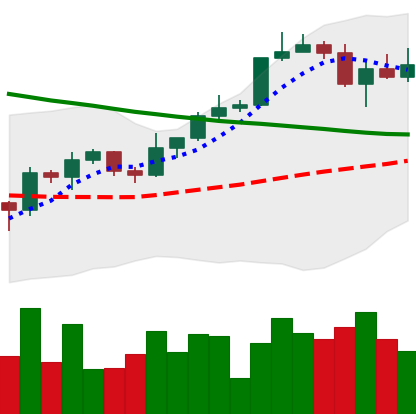
Ticker: BTC-USD
Chart end date: 2022-04-03
Forward return: -8.968%
Label: down_7plus